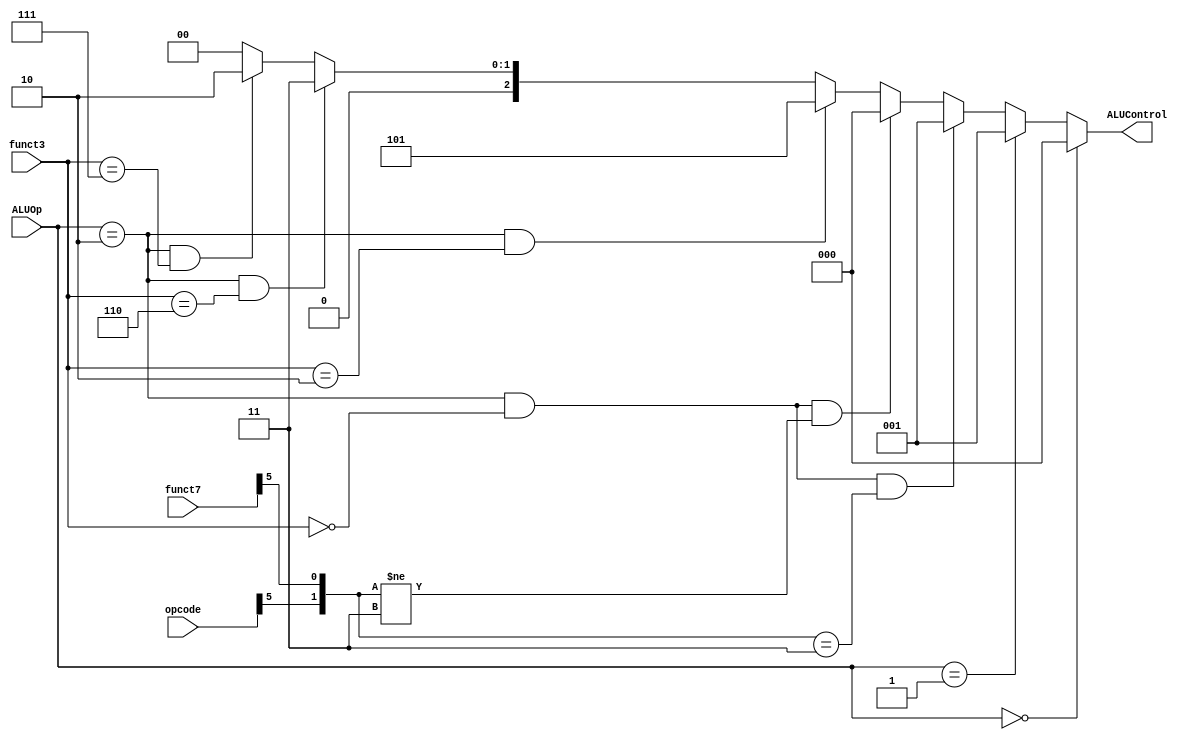
`timescale 1ns / 1ps
//////////////////////////////////////////////////////////////////////////////////
// Company: 
// Engineer: 
// 
// Design Name: 
// Module Name: alu_decoder
// Project Name: 
// Target Devices: 
// Tool Versions: 
// Description: 
// 
// Dependencies: 
// 
// Revision:
// Revision 0.01 - File Created
// Additional Comments:
// 
//////////////////////////////////////////////////////////////////////////////////


module alu_decoder(
    input [6:0] opcode,
    input [2:0] funct3,
    input [6:0] funct7,
    input [1:0] ALUOp,  
    output [2:0] ALUControl
    );

    assign ALUControl = (ALUOp == 2'b00) ? 3'b000 : //ADD
                        (ALUOp == 2'b01) ? 3'b001 : //SUB
                        ((ALUOp == 2'b10) & (funct3 == 3'b000)  & ({opcode[5],funct7[5]} == 2'b11)) ? 3'b001 : //SUB
                        ((ALUOp == 2'b10) & (funct3 == 3'b000)  & ({opcode[5],funct7[5]} != 2'b11)) ? 3'b000 : //ADD
                        ((ALUOp == 2'b10) & (funct3 == 3'b010)) ? 3'b101 : //SLT
                        ((ALUOp == 2'b10) & (funct3 == 3'b110)) ? 3'b011 : //OR
                        ((ALUOp == 2'b10) & (funct3 == 3'b111)) ? 3'b010 : //AND
                                                                  3'b000 ; //Default
endmodule